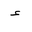
Letter: _hamza